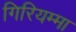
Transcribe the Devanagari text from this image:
गिरियम्मा